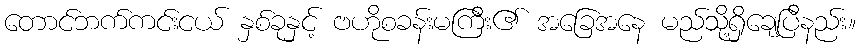
တောင်ဘက်ကင်းငယ် နှစ်ခုနှင့် ဗဟိုစခန်းမကြီး၏ အခြေအနေ မည်သို့ရှိချေပြီနည်း။